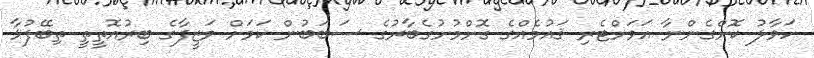
ހަވާލު ކޮށްގެންނާ އަވަށްޓެރި ޤައުމެއްގެ ގޮށްމުށުގެބާރުގެ ސަބަބުން ކަމަށް ވަޒީފާގެ ބިރުއޮތީތީ ތިބޭފުޅާ